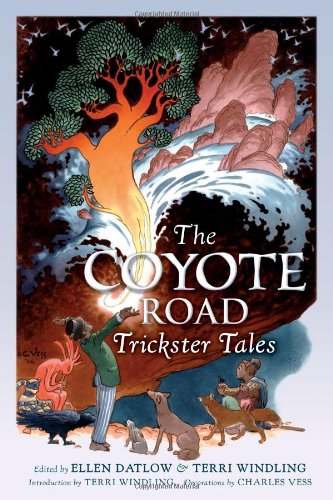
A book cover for The Coyote Road; Ellen Datlow; Teen & Young Adult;